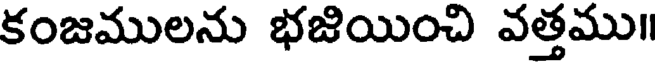
కంజములను భజియించి వత్తము॥